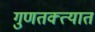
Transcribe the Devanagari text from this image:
गुणतक्त्यात